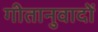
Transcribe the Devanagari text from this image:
गीतानुवादों